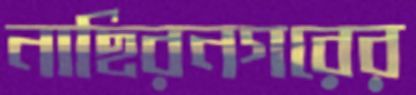
নাছিরনগরের